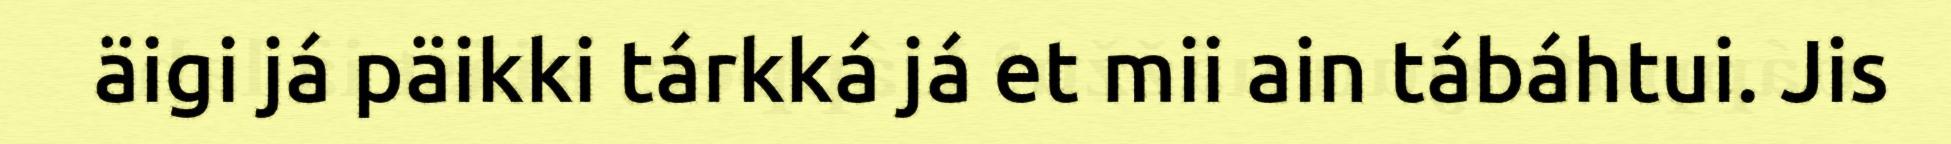
äigi já päikki tárkká já et mii ain tábáhtui. Jis